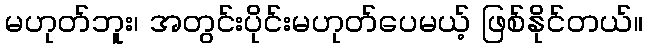
မဟုတ်ဘူး၊ အတွင်းပိုင်းမဟုတ်ပေမယ့် ဖြစ်နိုင်တယ်။